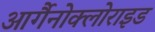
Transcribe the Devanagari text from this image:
आर्गैनोक्लोराइड